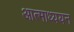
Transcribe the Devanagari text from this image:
आत्माध्ययन